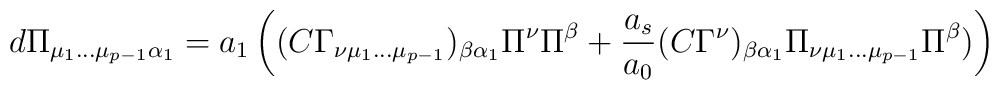
d\Pi_{\mu_1 \dots \mu_{p-1} \alpha_1} = a_1 \left((C \Gamma_{\nu\mu_1 \dots \mu_{p-1}})_{\beta \alpha_1} \Pi^\nu \Pi^\beta+ {a_s \over a_0} (C\Gamma^\nu)_{\beta \alpha_1} \Pi_{\nu \mu_1\dots \mu_{p-1}} \Pi^\beta)\right)